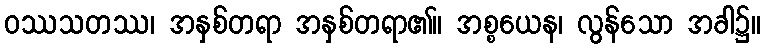
ဝဿသတဿ၊ အနှစ်တရာ အနှစ်တရာ၏။ အစ္စယေန၊ လွန်သော အခါ၌။